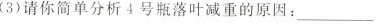
(3)请你简单分析4号瓶落叶减重的原因：___